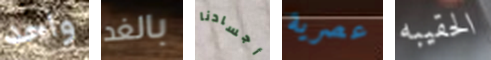
واحد بالغد أجسادنا عصرية الحقيبه